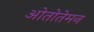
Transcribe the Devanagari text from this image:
ओतोतेमन